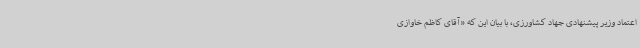
اعتماد وزیر پیشنهادی جهاد کشاورزی، با بیان این که «آقای کاظم خاوازی